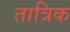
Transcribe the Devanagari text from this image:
तात्रिक